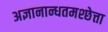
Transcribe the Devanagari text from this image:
अज्ञानान्धतमश्छेत्ता